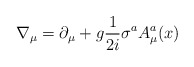
\begin{align*}\nabla_{\mu} = \partial_{\mu} + g \frac{1}{2i} \sigma^aA^a_{\mu}(x)\end{align*}